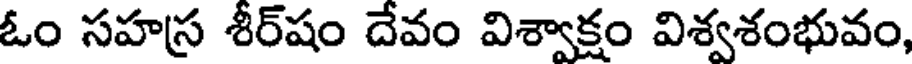
ఓం సహస్ర శీర్షం దేవం విశ్వాక్షం విశ్వశంభువం,